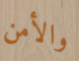
والأمن